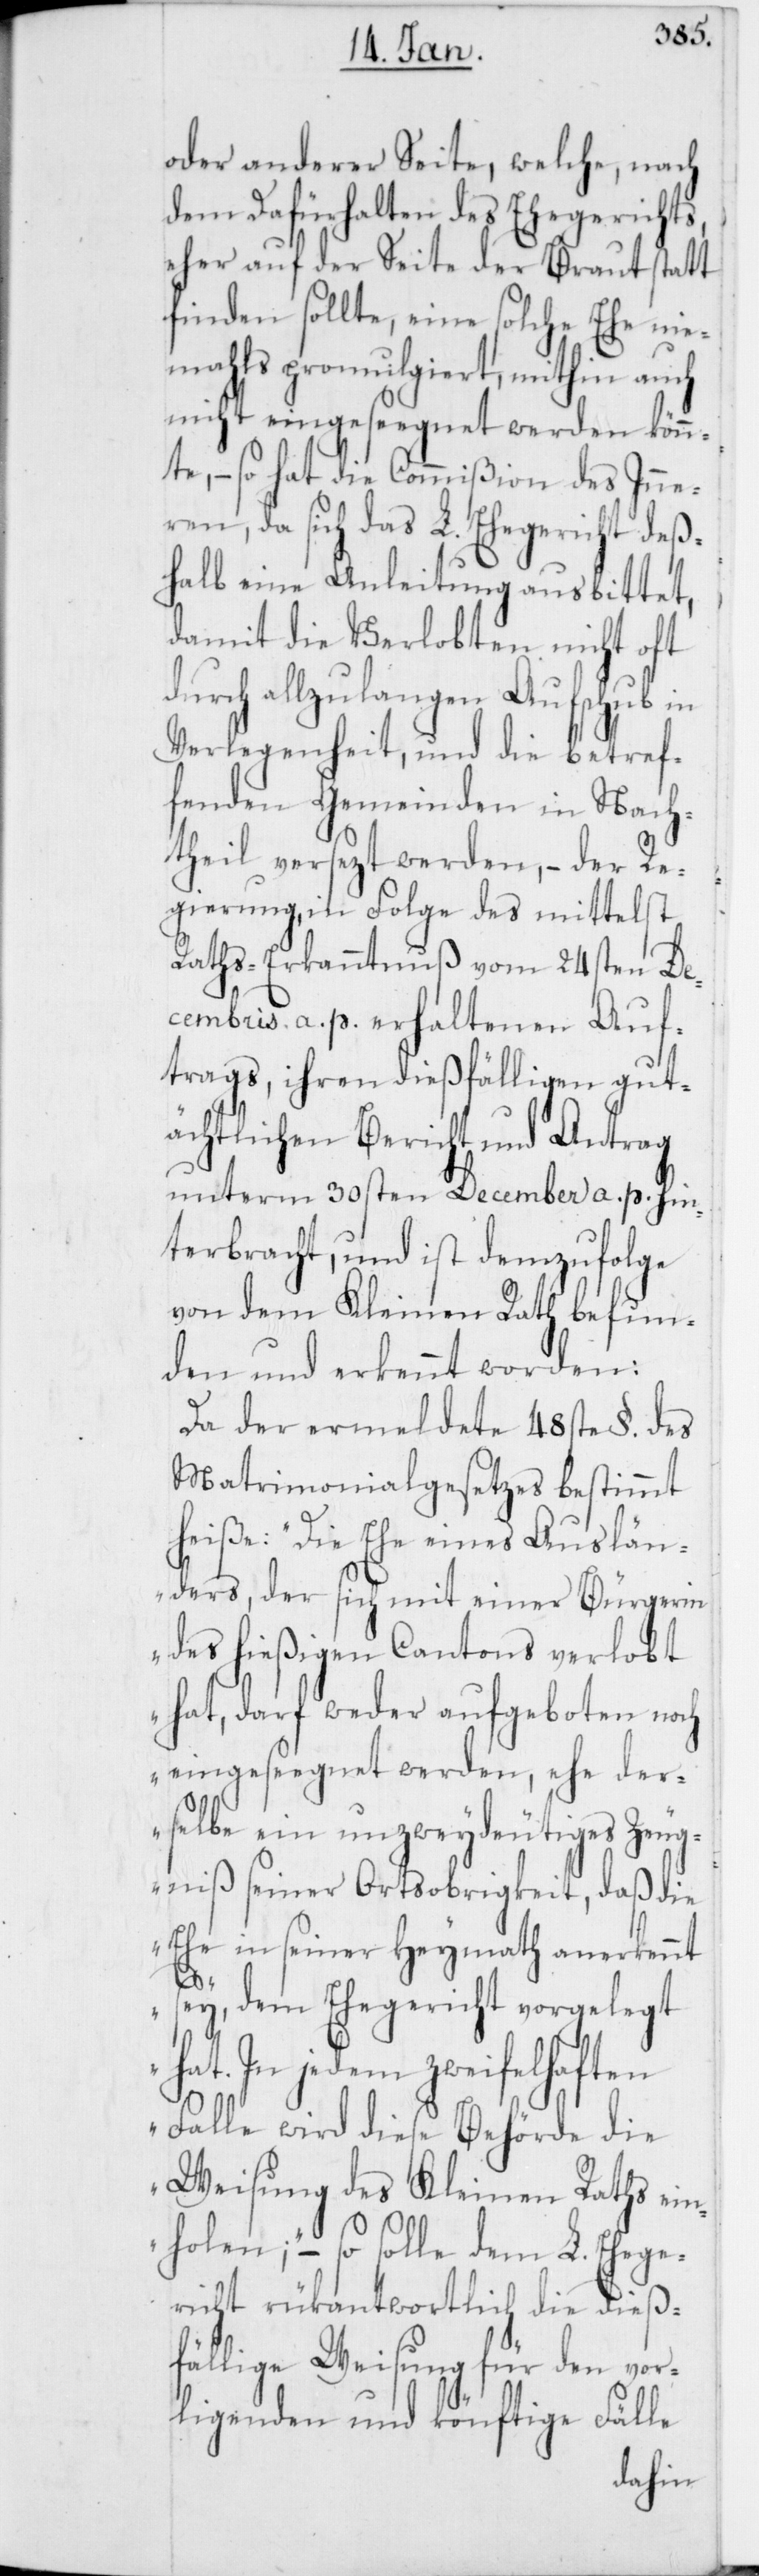
oder anderer Seite, welche, nach
dem Dafürhalten des Ehegerichts,
eher auf der Seite der Braut statt
finden sollte, eine solche Ehe nie¬
mals promulgiert, mithin auch
nicht eingesegnet werden könn¬
te, – so hat die Commißion des Inne¬
ren, da sich das L. Ehegericht deß¬
halb eine Anleitung ausbittet,
damit die Verlobten nicht oft
durch allzulangen Aufschub in
Verlegenheit, und die betref¬
fenden Gemeinden in Nach¬
theil versezt werden, – der Re¬
gierung, in Folge des mittelst
Raths-Erkanntnuß vom 24sten De¬
cembris a. p. erhaltenen Auf¬
trags, ihren dießfälligen gut¬
ächtlichen Bericht und Antrag
unterm 30sten December a. p. hin¬
terbracht, und ist demzufolge
von dem Kleinen Rath befun¬
den und erkennt worden:
Da der ermeldete 48ste §. des
Matrimonialgesetzes bestimmt
heiße: „Die Ehe eines Auslän¬
ders, der sich mit einer Bürgerin
des hießigen Cantons verlobt
hat, darf weder aufgeboten noch
eingeseegnet werden, ehe der¬
selbe ein unzweydeutiges Zeug¬
niß seiner Ortsobrigkeit, daß die
Ehe in seiner Heymath anerkennt
sey, dem Ehegericht vorgelegt
hat. In jedem zweifelhaften
Falle wird diese Behörde die
Weisung des Kleinen Raths ein¬
holen;“ – so solle dem L. Ehege¬
richt rükantwortlich die dieß¬
fällige Weisung für den vor¬
ligenden und könftige Fälle